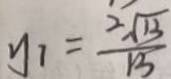
y _ { 1 } = \frac { 2 \sqrt { 1 3 } } { 1 5 }